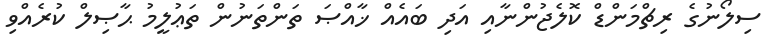
ސިލޯނުގެ ރިޗްމަންޑް ކޮލެޖުންނާއި އަދި ބައެއް ޚާއްޞަ ތަންތަނުން ތަޢުލީމު ޙާޞިލް ކުރެއްވި